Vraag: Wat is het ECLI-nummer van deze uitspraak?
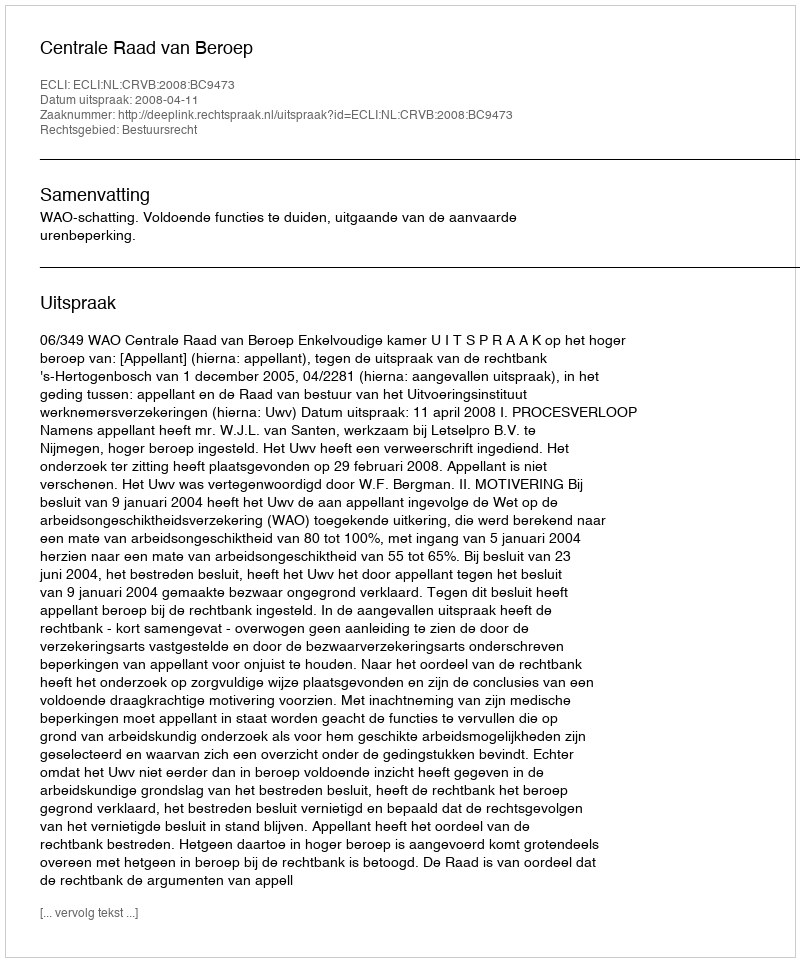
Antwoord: ECLI:NL:CRVB:2008:BC9473